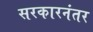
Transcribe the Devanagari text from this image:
सरकारनंतर